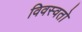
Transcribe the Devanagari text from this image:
विवस्वतो